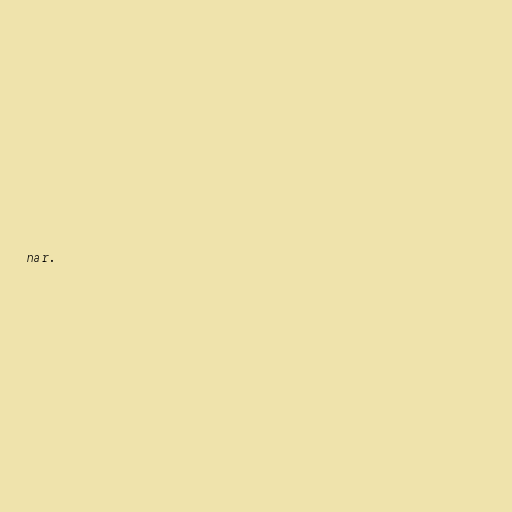
nar.